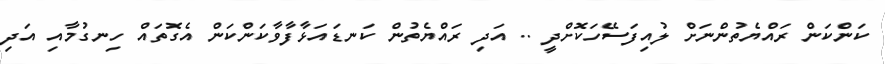
ކަންކަން ރައްޔެތުންނަށް ލުއިފަސޭހަކޮށްދީ .. އަދި ރައްޔެތުން ކަނޑައަޅާފާވާކަންކަން އެގޮތައް ހިނގުމާއި އަދި